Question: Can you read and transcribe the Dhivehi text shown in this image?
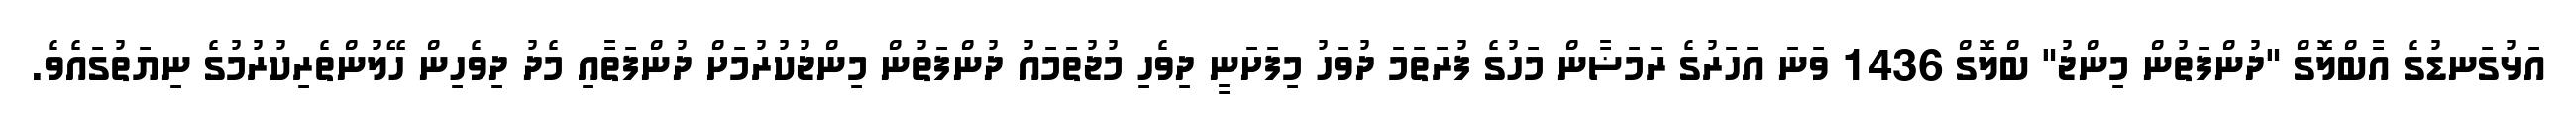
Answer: އަޅުގަނޑުގެ އާބްލޮގް "ދުންފަތުން މިންޖު" ބްލޮގް 1436 ވަނަ އަހަރުގެ ރަމަޟާން މަހުގެ ފުރަތަމަ ދުވަހު މިފަށަނީ ދިވެހި މުޖުތަމައު ދުންފަތުން މިންޖުކުރުމަށް ދުންފަތާއި މެދު ދިވެހިން ހޭލުންތެރިކުރުމުގެ ނިޔަތުގައެވެ.